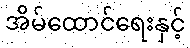
အိမ်ထောင်ရေးနှင့်